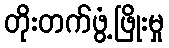
တိုးတက်ဖွံ့ဖြိုးမှု